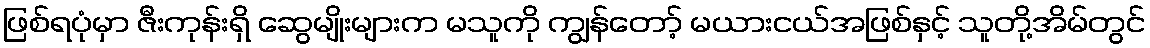
ဖြစ်ရပုံမှာ ဇီးကုန်းရှိ ဆွေမျိုးများက မသူကို ကျွန်တော့် မယားငယ်အဖြစ်နှင့် သူတို့အိမ်တွင်